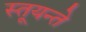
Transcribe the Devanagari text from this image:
स्तूयन्ते